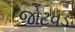
જોટવડ